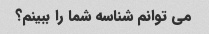
می توانم شناسه شما را ببینم؟